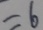
= 6